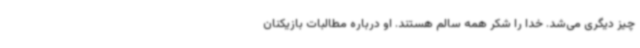
چیز دیگری می‌شد. خدا را شکر همه سالم هستند. او درباره مطالبات بازیکنان